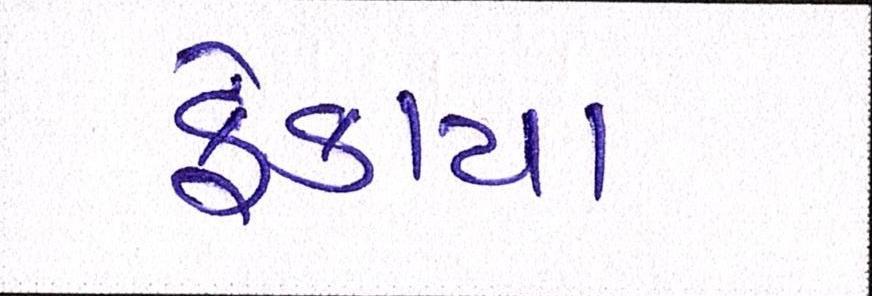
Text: ફેંકાયા